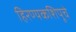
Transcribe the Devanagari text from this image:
हिरण्यकशिपूचे